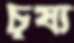
চূষ্য